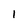
Character: 1